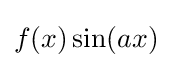
f(x)\sin(ax)